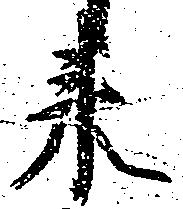
来